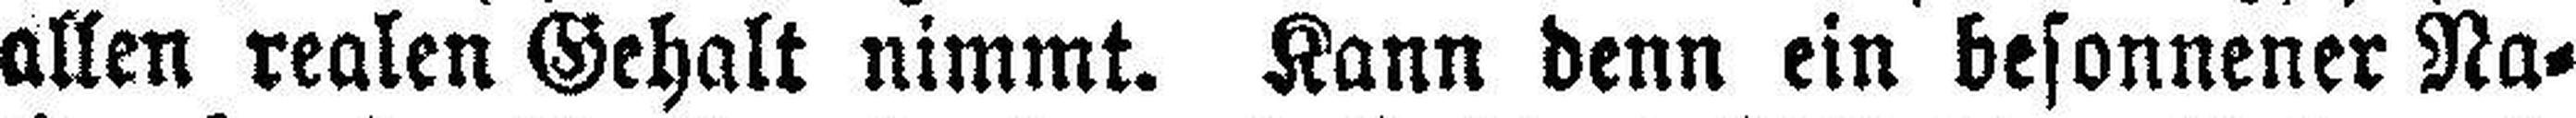
allen realen Gehalt nimmt. Kann denn ein besonnener Na¬